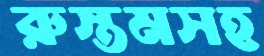
রুস্তমসহ